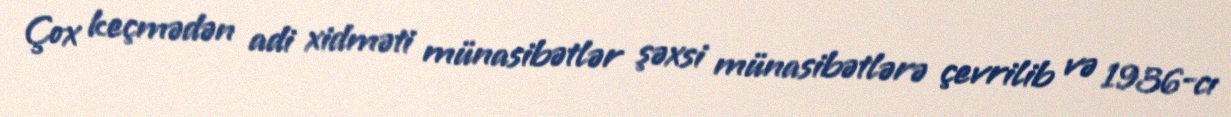
Çox keçmədən adi xidməti münasibətlər şəxsi münasibətlərə çevrilib və 1936-cı